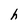
Character: h